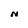
Character: N